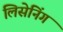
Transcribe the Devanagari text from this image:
लिसेनिंग